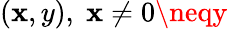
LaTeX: (\mathbf{x},y),\; \mathbf{x}\neq0\neqy